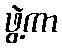
ဖွဲ့ကာ